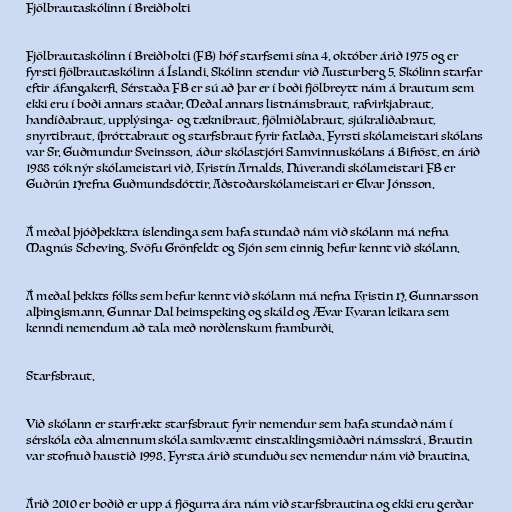
Fjölbrautaskólinn í Breiðholti

Fjölbrautaskólinn í Breiðholti (FB) hóf starfsemi sína 4. október árið 1975 og er
fyrsti fjölbrautaskólinn á Íslandi. Skólinn stendur við Austurberg 5. Skólinn starfar
eftir áfangakerfi. Sérstaða FB er sú að þar er í boði fjölbreytt nám á brautum sem
ekki eru í boði annars staðar. Meðal annars listnámsbraut, rafvirkjabraut,
handíðabraut, upplýsinga- og tæknibraut, fjölmiðlabraut, sjúkraliðabraut,
snyrtibraut, íþróttabraut og starfsbraut fyrir fatlaða. Fyrsti skólameistari skólans
var Sr. Guðmundur Sveinsson, áður skólastjóri Samvinnuskólans á Bifröst, en árið
1988 tók nýr skólameistari við, Kristín Arnalds. Núverandi skólameistari FB er
Guðrún Hrefna Guðmundsdóttir. Aðstoðarskólameistari er Elvar Jónsson.

Á meðal þjóðþekktra íslendinga sem hafa stundað nám við skólann má nefna
Magnús Scheving, Svöfu Grönfeldt og Sjón sem einnig hefur kennt við skólann.

Á meðal þekkts fólks sem hefur kennt við skólann má nefna Kristin H. Gunnarsson
alþingismann, Gunnar Dal heimspeking og skáld og Ævar Kvaran leikara sem
kenndi nemendum að tala með norðlenskum framburði.

Starfsbraut.

Við skólann er starfrækt starfsbraut fyrir nemendur sem hafa stundað nám í
sérskóla eða almennum skóla samkvæmt einstaklingsmiðaðri námsskrá. Brautin
var stofnuð haustið 1998. Fyrsta árið stunduðu sex nemendur nám við brautina.

Árið 2010 er boðið er upp á fjögurra ára nám við starfsbrautina og ekki eru gerðar